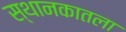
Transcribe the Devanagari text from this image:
स्थानकातला